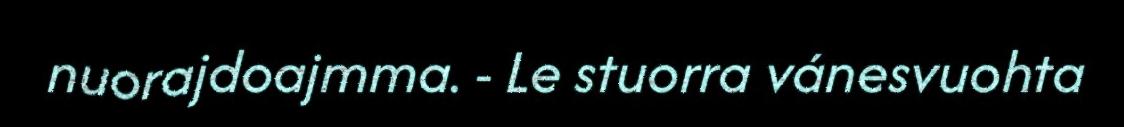
nuorajdoajmma. - Le stuorra vánesvuohta